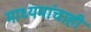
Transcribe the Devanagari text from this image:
माध्यमांचाही